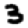
Digit: 3